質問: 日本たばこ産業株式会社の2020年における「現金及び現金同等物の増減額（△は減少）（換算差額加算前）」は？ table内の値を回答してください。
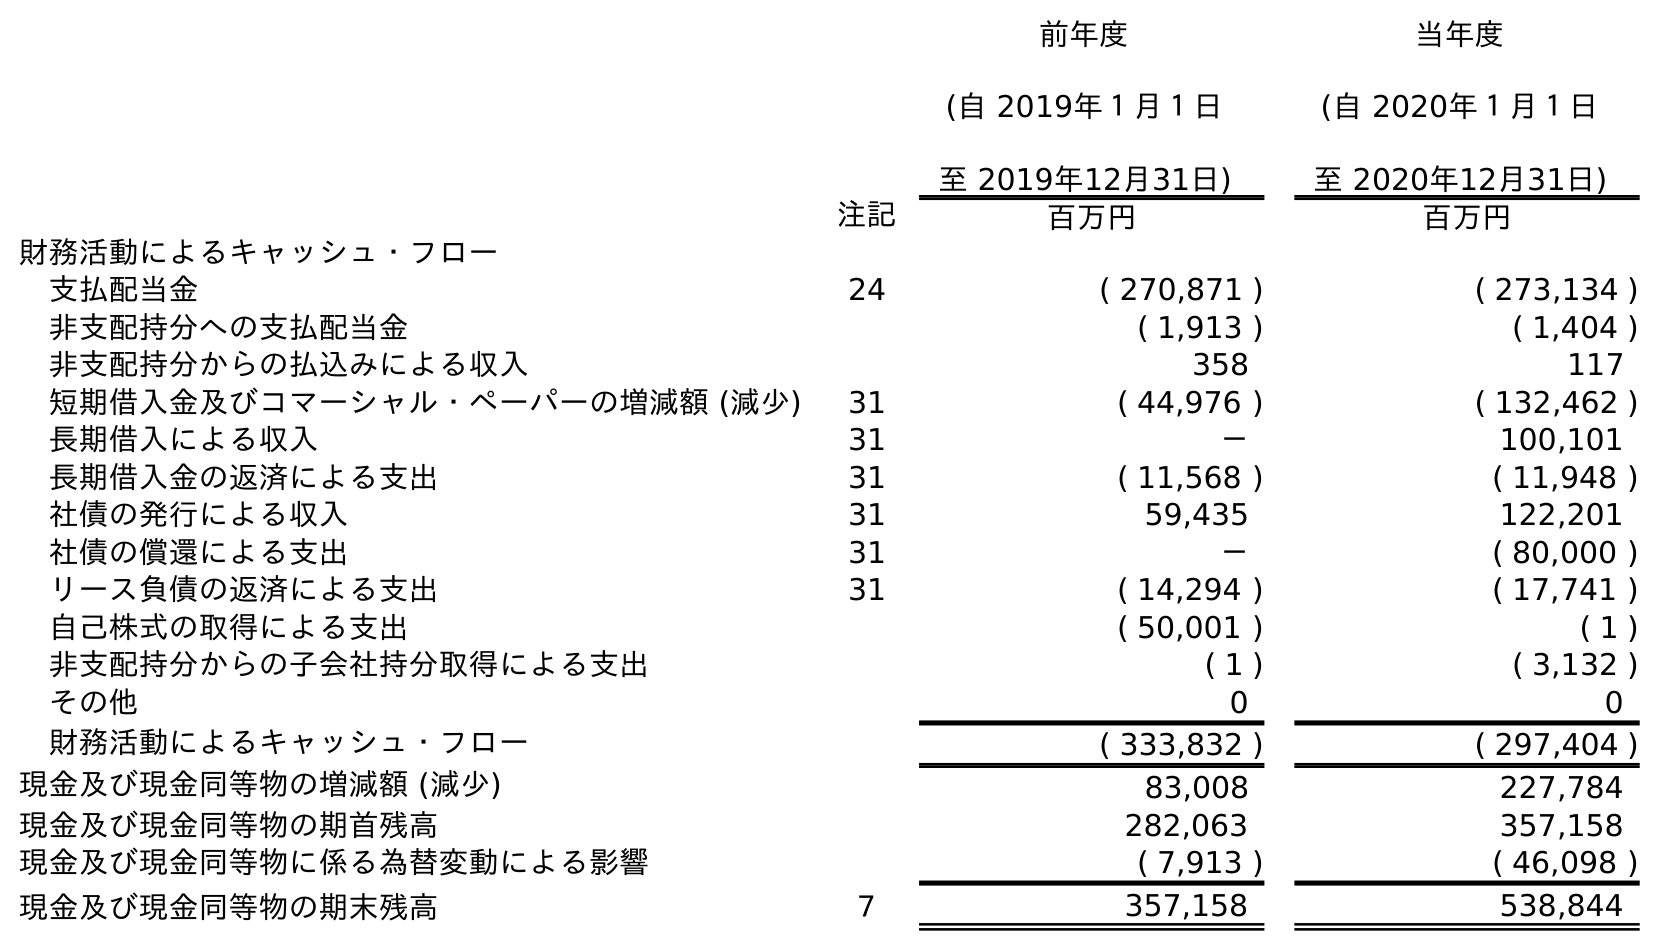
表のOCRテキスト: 前年度 (自 2019年１月１日 至 2019年12月31日) 当年度 (自 2020年１月１日 至 2020年12月31日) 注記 百万円 百万円 財務活動によるキャッシュ・フロー 支払配当金 24 ( 270,871 ) ( 273,134 ) 非支配持分への支払配当金 ( 1,913 ) ( 1,404 ) 非支配持分からの払込みによる収入 358 117 短期借入金及びコマーシャル・ペーパーの増減額 (減少) 31 ( 44,976 ) ( 132,462 ) 長期借入による収入 31 － 100,101 長期借入金の返済による支出 31 ( 11,568 ) ( 11,948 ) 社債の発行による収入 31 59,435 122,201 社債の償還による支出 31 － ( 80,000 ) リース負債の返済による支出 31 ( 14,294 ) ( 17,741 ) 自己株式の取得による支出 ( 50,001 ) ( 1 ) 非支配持分からの子会社持分取得による支出 ( 1 ) ( 3,132 ) その他 0 0 財務活動によるキャッシュ・フロー ( 333,832 ) ( 297,404 ) 現金及び現金同等物の増減額 (減少) 83,008 227,784 現金及び現金同等物の期首残高 282,063 357,158 現金及び現金同等物に係る為替変動による影響 ( 7,913 ) ( 46,098 ) 現金及び現金同等物の期末残高 ７ 357,158 538,844
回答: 227,784